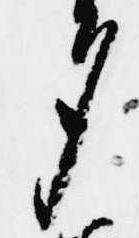
夕